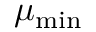
\mu _ { \mathrm { m i n } }